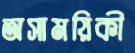
অসাময়িকী